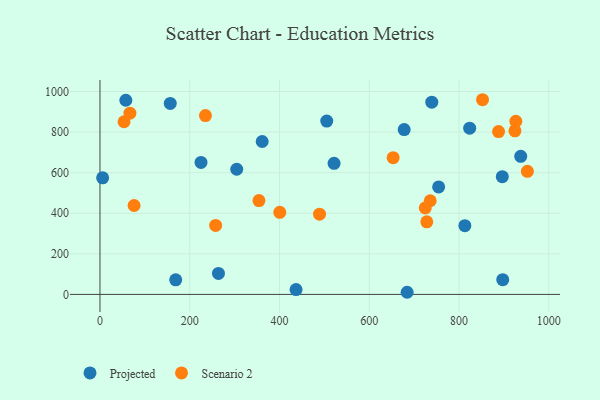
{"axis": {"x": "Speed", "y": "Profit"}, "legend": ["Projected", "Scenario 2"], "data": [{"x": "754.6", "y": 529.6, "type": "Projected"}, {"x": "521.6", "y": 646.2, "type": "Projected"}, {"x": "684.4", "y": 10.5, "type": "Projected"}, {"x": "897.4", "y": 72.8, "type": "Projected"}, {"x": "5.9", "y": 574.6, "type": "Projected"}, {"x": "505.3", "y": 854.5, "type": "Projected"}, {"x": "57.6", "y": 957.0, "type": "Projected"}, {"x": "823.7", "y": 819.5, "type": "Projected"}, {"x": "896.4", "y": 580.2, "type": "Projected"}, {"x": "937.5", "y": 680.7, "type": "Projected"}, {"x": "264.0", "y": 103.6, "type": "Projected"}, {"x": "304.7", "y": 616.8, "type": "Projected"}, {"x": "156.6", "y": 941.4, "type": "Projected"}, {"x": "739.3", "y": 947.7, "type": "Projected"}, {"x": "361.4", "y": 753.7, "type": "Projected"}, {"x": "677.8", "y": 812.6, "type": "Projected"}, {"x": "168.7", "y": 71.7, "type": "Projected"}, {"x": "225.1", "y": 650.6, "type": "Projected"}, {"x": "813.0", "y": 338.7, "type": "Projected"}, {"x": "436.9", "y": 23.8, "type": "Projected"}, {"x": "952.3", "y": 606.9, "type": "Scenario 2"}, {"x": "400.6", "y": 404.6, "type": "Scenario 2"}, {"x": "653.2", "y": 673.8, "type": "Scenario 2"}, {"x": "489.2", "y": 395.3, "type": "Scenario 2"}, {"x": "76.0", "y": 438.3, "type": "Scenario 2"}, {"x": "354.2", "y": 462.6, "type": "Scenario 2"}, {"x": "724.8", "y": 426.2, "type": "Scenario 2"}, {"x": "735.8", "y": 461.7, "type": "Scenario 2"}, {"x": "926.6", "y": 853.5, "type": "Scenario 2"}, {"x": "924.6", "y": 806.5, "type": "Scenario 2"}, {"x": "728.2", "y": 357.6, "type": "Scenario 2"}, {"x": "888.1", "y": 802.7, "type": "Scenario 2"}, {"x": "53.6", "y": 851.1, "type": "Scenario 2"}, {"x": "852.4", "y": 959.6, "type": "Scenario 2"}, {"x": "66.7", "y": 893.2, "type": "Scenario 2"}, {"x": "257.7", "y": 339.9, "type": "Scenario 2"}, {"x": "235.0", "y": 881.6, "type": "Scenario 2"}]}